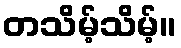
တသိမ့်သိမ့်။